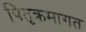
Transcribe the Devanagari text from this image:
पितृक्रमागत